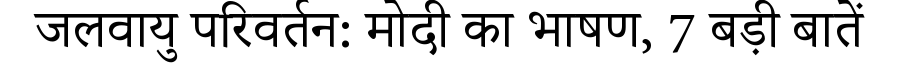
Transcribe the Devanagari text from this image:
जलवायु परिवर्तन: मोदी का भाषण, 7 बड़ी बातें